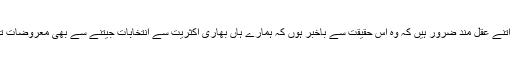
دراصل نواز شریف اتنے عقل مند ضرور ہیں کہ وہ اس حقیقت سے باخبر ہوں کہ ہمارے ہاں بھاری اکثریت سے انتخابات جیتنے سے بھی معروضات تبدیل نہیں ہوتے ہیں۔